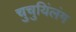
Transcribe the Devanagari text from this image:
चुचुयिंलंग